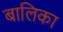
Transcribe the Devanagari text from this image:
बालिका